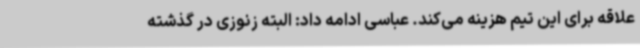
علاقه برای این تیم هزینه می‌کند. عباسی ادامه داد: البته زنوزی در گذشته